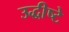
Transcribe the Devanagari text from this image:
उद्धीष्टे